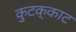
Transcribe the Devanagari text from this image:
कुटक्काट